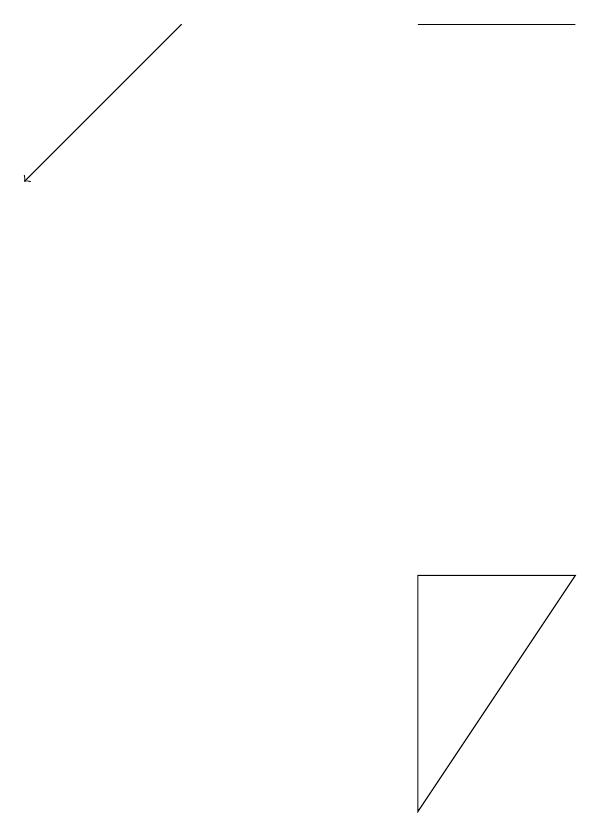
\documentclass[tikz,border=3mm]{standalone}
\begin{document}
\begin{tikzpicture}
\draw[->] (4,14) -- (2,12);
\draw (7,14) rectangle (9,14);
\draw (9,7) -- (7,4) -- (7,7) -- cycle;
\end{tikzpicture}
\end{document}